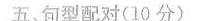
五、句型配对(10 分)